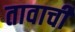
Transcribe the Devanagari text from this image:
तावाची